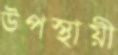
উপস্থায়ী